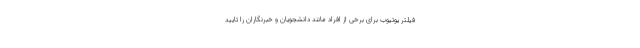
فیلتر یوتیوب برای برخی از افراد مانند دانشجویان و خبرنگاران را تایید